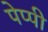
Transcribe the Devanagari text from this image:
पेप्पी